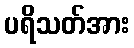
ပရိသတ်အား